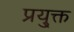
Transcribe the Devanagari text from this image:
प्रयु्क्त